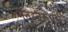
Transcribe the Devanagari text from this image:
मनुस्वरूपम्